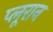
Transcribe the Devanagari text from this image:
प्लूरान